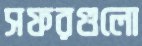
সফরগুলো